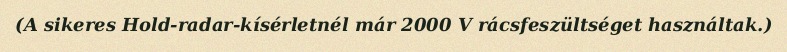
(A sikeres Hold-radar-kísérletnél már 2000 V rácsfeszültséget használtak.)